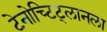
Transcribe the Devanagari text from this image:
टेनोच्टिट्लानला